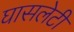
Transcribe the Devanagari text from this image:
घासलेटी